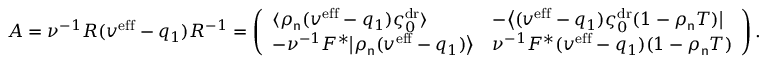
A = \nu ^ { - 1 } R ( v ^ { \mathrm { e f f } } - q _ { 1 } ) R ^ { - 1 } = \left( \begin{array} { l l } { \langle \rho _ { \mathsf { n } } ( v ^ { \mathrm { e f f } } - q _ { 1 } ) \varsigma _ { 0 } ^ { \mathrm { d r } } \rangle } & { - \big \langle ( v ^ { \mathrm { e f f } } - q _ { 1 } ) \varsigma _ { 0 } ^ { \mathrm { d r } } ( 1 - \rho _ { \mathsf { n } } T ) \big | } \\ { - \nu ^ { - 1 } F ^ { * } \big | \rho _ { \mathsf { n } } ( v ^ { \mathrm { e f f } } - q _ { 1 } ) \big \rangle } & { \nu ^ { - 1 } F ^ { * } ( v ^ { \mathrm { e f f } } - q _ { 1 } ) ( 1 - \rho _ { \mathsf { n } } T ) } \end{array} \right) .